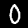
Digit: 0